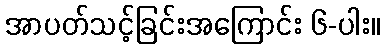
အာပတ်သင့်ခြင်းအကြောင်း ၆-ပါး။